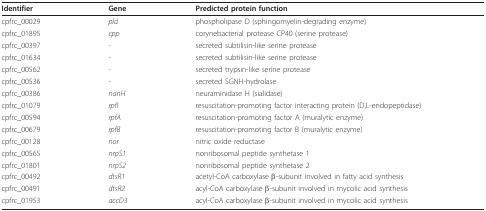
<table><thead><tr><td><b>Identifier</b></td><td><b>Gene</b></td><td><b>Predicted protein function</b></td></tr></thead><tbody><tr><td>cpfrc_00029</td><td><i>pld</i></td><td>phospholipase D (sphingomyelin-degrading enzyme)</td></tr><tr><td>cpfrc_01895</td><td><i>cpp</i></td><td>corynebacterial protease CP40 (serine protease)</td></tr><tr><td>cpfrc_00397</td><td>-</td><td>secreted subtilisin-like serine protease</td></tr><tr><td>cpfrc_01634</td><td>-</td><td>secreted subtilisin-like serine protease</td></tr><tr><td>cpfrc_00562</td><td>-</td><td>secreted trypsin-like serine protease</td></tr><tr><td>cpfrc_00536</td><td>-</td><td>secreted SGNH-hydrolase</td></tr><tr><td>cpfrc_00386</td><td><i>nanH</i></td><td>neuraminidase H (sialidase)</td></tr><tr><td>cpfrc_01079</td><td><i>rpfI</i></td><td>resuscitation-promoting factor interacting protein (D,L-endopeptidase)</td></tr><tr><td>cpfrc_00594</td><td><i>rpfA</i></td><td>resuscitation-promoting factor A (muralytic enzyme)</td></tr><tr><td>cpfrc_00679</td><td><i>rpfB</i></td><td>resuscitation-promoting factor B (muralytic enzyme)</td></tr><tr><td>cpfrc_00128</td><td><i>nor</i></td><td>nitric oxide reductase</td></tr><tr><td>cpfrc_00565</td><td><i>nrpS1</i></td><td>nonribosomal peptide synthetase 1</td></tr><tr><td>cpfrc_01801</td><td><i>nrpS2</i></td><td>nonribosomal peptide synthetase 2</td></tr><tr><td>cpfrc_00492</td><td><i>dtsR1</i></td><td>acetyl-CoA carboxylase β-subunit involved in fatty acid synthesis</td></tr><tr><td>cpfrc_00491</td><td><i>dtsR2</i></td><td>acyl-CoA carboxylase β-subunit involved in mycolic acid synthesis</td></tr><tr><td>cpfrc_01953</td><td><i>accD3</i></td><td>acyl-CoA carboxylase β-subunit involved in mycolic acid synthesis</td></tr></tbody></table>